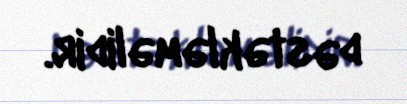
dəstəkləməlidir.